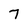
Character: 7